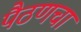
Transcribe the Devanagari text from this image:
पैठणचा